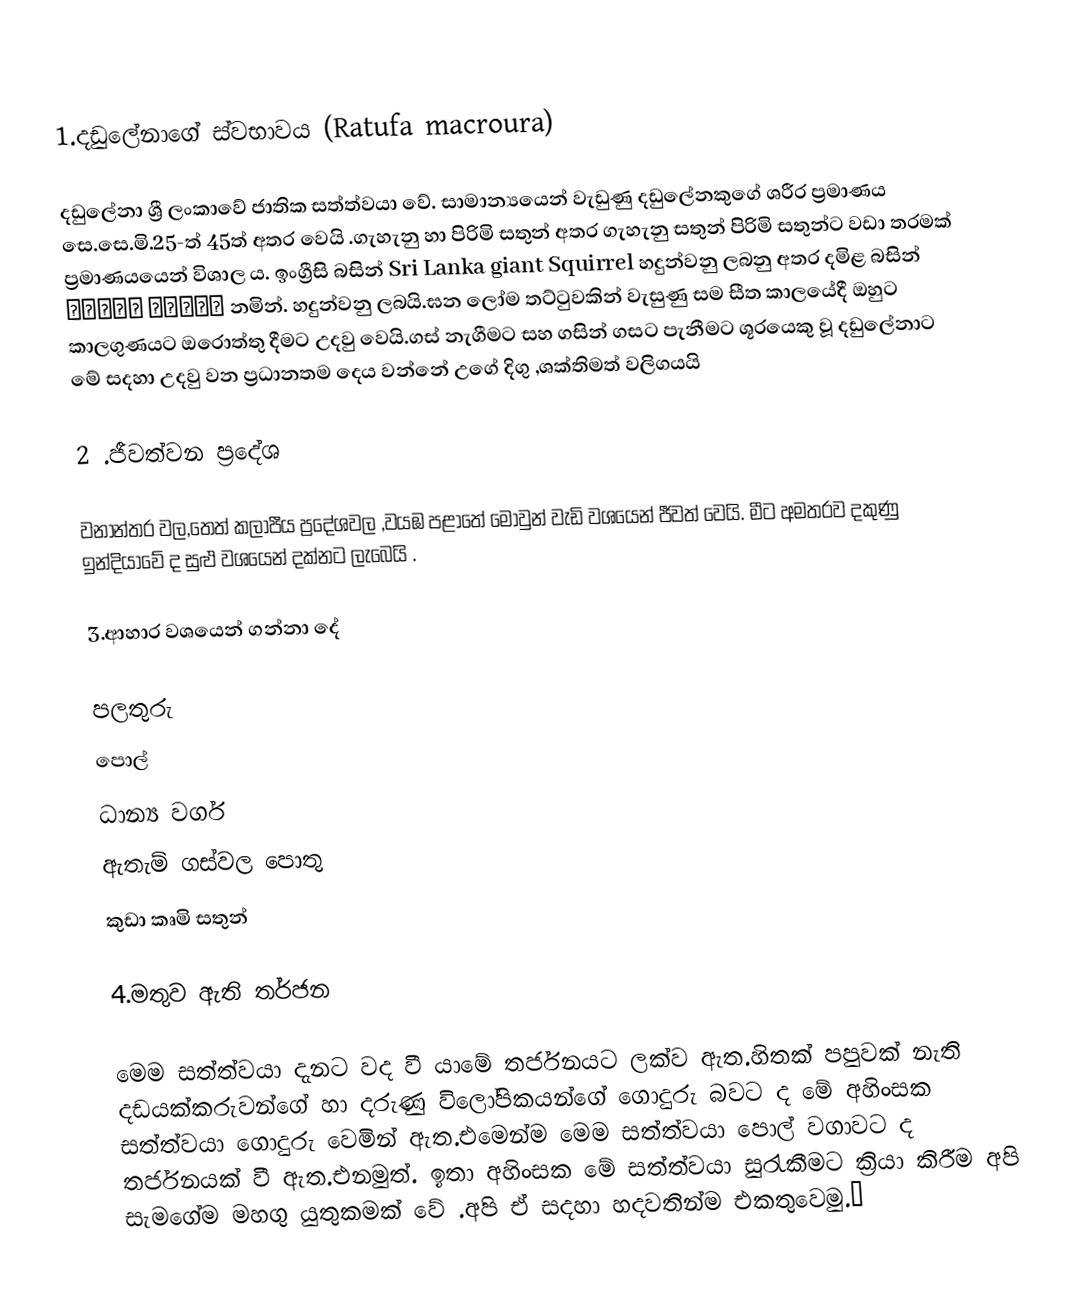
1.දඩුලේනාගේ ස්වභාවය (Ratufa macroura)

දඩුලේනා  ශ්‍රී ලංකාවේ ජාතික සත්ත්වයා වේ. සාමාන්‍යයෙන් වැඩුණු දඩුලේනකුගේ ශරීර ප්‍රමාණය සෙ.සෙ.මි.25-ත් 45ත් අතර වෙයි .ගැහැනු හා පිරිමි සතුන් අතර ගැහැනු සතුන් පිරිමි සතුන්ට වඩා තරමක් ප්‍රමාණයයෙන් විශාල ය. ඉංග්‍රීසි බසින්  Sri  Lanka giant Squirrel  හදුන්වනු ලබනු අතර දමිළ බසින්  பெரிய அனில் නමින්. හදුන්වනු ලබයි.ඝන ලෝම තට්ටුවකින් වැසුණු සම සීත කාලයේදී ඔහුට කාලගුණයට ඔරොත්තු දීමට උදවු වෙයි.ගස් නැගීමට සහ ගසින් ගසට පැනීමට ශූරයෙකු වූ දඩුලේනාට මේ සදහා උදවු වන ප්‍රධානතම දෙය වන්නේ  උගේ දිගු ,ශක්තිමත්  වලිගයයි

2 .ජීවත්වන ප්‍රදේශ

වනාන්තර වල,තෙත් කලාපීය ප්‍රදේශවල ,වයඹ පළාතේ මොවුන් වැඩි වශයෙන් ජීවත් වෙයි. මීට අමතරව දකුණු ඉන්දියාවේ ද සුළු වශයෙන් දක්නට ලැබෙයි .

3.ආහාර වශයෙන් ගන්නා දේ

 පලතුරු
 පොල්
 ධාන්‍ය වර්ග
 ඇතැම් ගස්වල පොතු
 කුඩා කෘමි සතුන්

4.මතුව ඇති තර්ජන

මෙම සත්ත්වයා දැනට වද වී යාමේ තර්ජනයට ලක්ව ඇත.හිතක් පපුවක් නැති දඩයක්කරුවන්ගේ හා දරුණු විලෝපිකයන්ගේ ගොදුරු බවට ද මේ අහිංසක සත්ත්වයා ගොදුරු වෙමින් ඇත.එමෙන්ම මෙම සත්ත්වයා පොල් වගාවට ද තර්ජනයක් වී ඇත.එනමුත්. ඉතා අහිංසක මේ සත්ත්වයා සුරැකීමට ක්‍රියා කිරීම අපි සැමගේම මහගු යුතුකමක් වේ .අපි ඒ  සදහා හදවතින්ම එකතුවෙමු.🤝